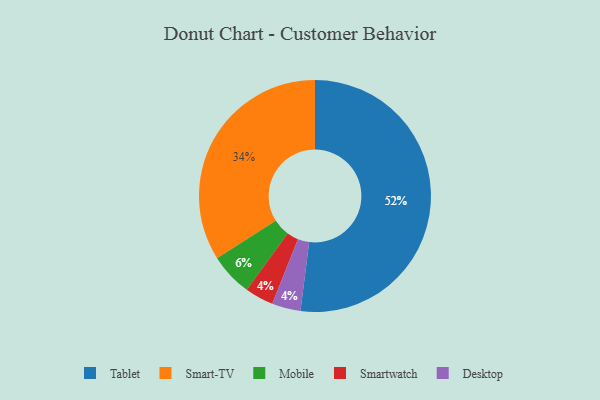
{"axis": {"x": "Category", "y": "Percentage"}, "legend": ["Desktop", "Mobile", "Smart-TV", "Smartwatch", "Tablet"], "data": [{"x": "Smart-TV", "y": 34, "type": "Smart-TV"}, {"x": "Mobile", "y": 6, "type": "Mobile"}, {"x": "Tablet", "y": 52, "type": "Tablet"}, {"x": "Smartwatch", "y": 4, "type": "Smartwatch"}, {"x": "Desktop", "y": 4, "type": "Desktop"}]}